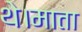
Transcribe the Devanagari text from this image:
थे।माता